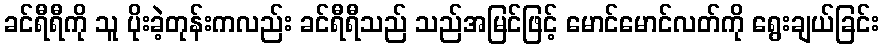
ခင်ရီရီကို သူ ပိုးခဲ့တုန်းကလည်း ခင်ရီရီသည် သည်အမြင်ဖြင့် မောင်မောင်လတ်ကို ရွေးချယ်ခြင်း